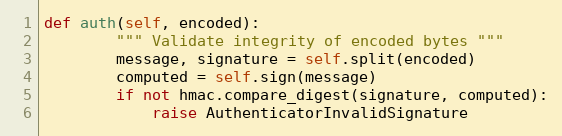
Language: Python
def auth(self, encoded):
        """ Validate integrity of encoded bytes """
        message, signature = self.split(encoded)
        computed = self.sign(message)
        if not hmac.compare_digest(signature, computed):
            raise AuthenticatorInvalidSignature